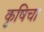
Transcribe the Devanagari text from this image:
कृषिचा